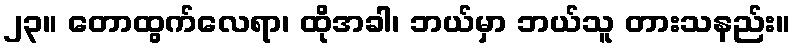
၂၃။ တောထွက်လေရာ၊ ထိုအခါ၊ ဘယ်မှာ ဘယ်သူ တားသနည်း။